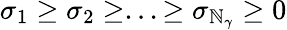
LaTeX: \sigma_{1}\geq\sigma_{2}\geq...\geq\sigma_{{\mathbb{N}_{\gamma}}}\geq0